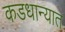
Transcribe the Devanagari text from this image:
कडधान्यात